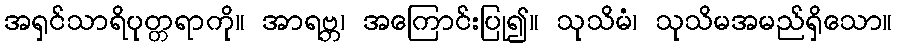
အရှင်သာရိပုတ္တရာကို။ အာရဗ္ဘ၊ အကြောင်းပြု၍။ သုသိမံ၊ သုသိမအမည်ရှိသော။